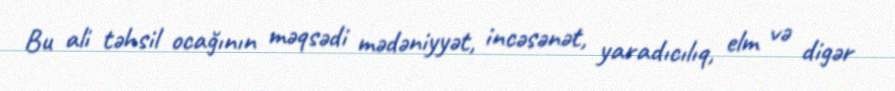
Bu ali təhsil ocağının məqsədi mədəniyyət, incəsənət, yaradıcılıq, elm və digər